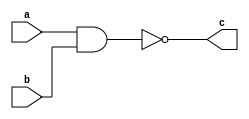
module nandGate(
	input a,b,
	output reg c);
	always@(a or b)begin
    c = !(a&b);
    end
endmodule